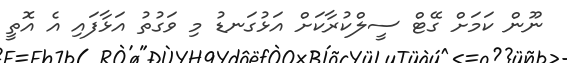
ނޫން ކަމަށް ގޭޓް ސީލްކުރާކަށް އަޅުގަނޑު މި ވަގުތު އަޅާފައި އެ އޮތީ